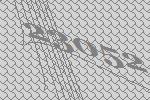
23052